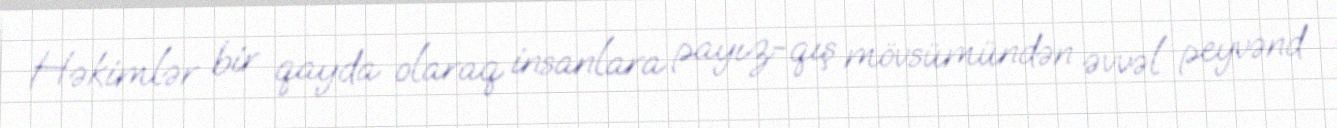
Həkimlər bir qayda olaraq insanlara payız-qış mövsümündən əvvəl peyvənd